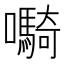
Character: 𫬷